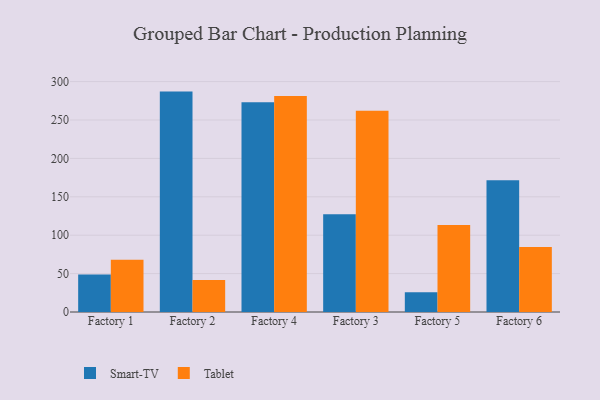
{"axis": {"x": "Factory", "y": "Gross Profit (USD K)"}, "legend": ["Smart-TV", "Tablet"], "data": [{"x": "Factory 1", "y": 48.8, "type": "Smart-TV"}, {"x": "Factory 1", "y": 68.2, "type": "Tablet"}, {"x": "Factory 2", "y": 287.0, "type": "Smart-TV"}, {"x": "Factory 2", "y": 41.8, "type": "Tablet"}, {"x": "Factory 4", "y": 273.0, "type": "Smart-TV"}, {"x": "Factory 4", "y": 281.4, "type": "Tablet"}, {"x": "Factory 3", "y": 127.2, "type": "Smart-TV"}, {"x": "Factory 3", "y": 262.2, "type": "Tablet"}, {"x": "Factory 5", "y": 25.8, "type": "Smart-TV"}, {"x": "Factory 5", "y": 113.3, "type": "Tablet"}, {"x": "Factory 6", "y": 171.5, "type": "Smart-TV"}, {"x": "Factory 6", "y": 84.7, "type": "Tablet"}]}